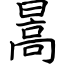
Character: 暠